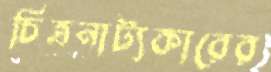
চিত্রনাট্যকারের